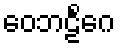
ဝေဘဠိင်္ဂေ